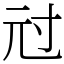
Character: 㝴